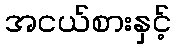
အငယ်စားနှင့်